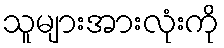
သူများအားလုံးကို